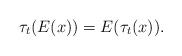
LaTeX: \begin{align*}\tau_t(E(x)) = E(\tau_t(x)).\end{align*}